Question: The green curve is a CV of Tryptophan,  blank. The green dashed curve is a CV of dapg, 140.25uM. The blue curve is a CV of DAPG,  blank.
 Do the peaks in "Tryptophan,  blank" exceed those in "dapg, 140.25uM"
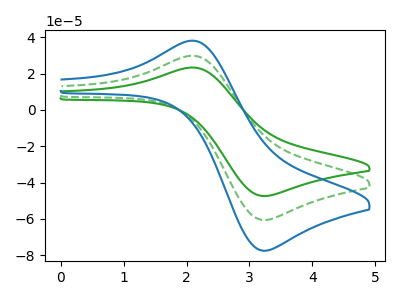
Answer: <think>The green curve "Tryptophan,  blank" has an anodic peak at (2.15V, 23.25uA) and a cathodic peak at (3.20V, -47.45uA). The green dashed curve "dapg, 140.25uM" has an anodic peak at (2.15V, 29.70uA) and a cathodic peak at (3.20V, -60.65uA). The blue curve "DAPG,  blank" has an anodic peak at (2.15V, 59.40uA) and a cathodic peak at (3.20V, -121.35uA).</think>
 <answer>Every peak in "Tryptophan,  blank" is lower than every peak in "dapg, 140.25uM".</answer>
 <eval>lower</eval>